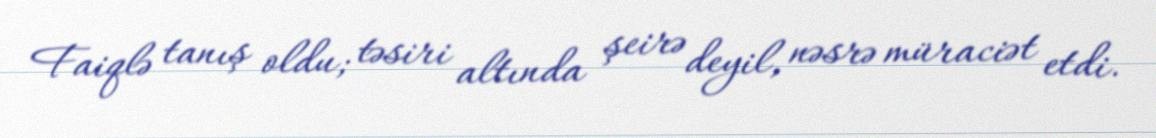
Faiqlə tanış oldu; təsiri altında şeirə deyil, nəsrə müraciət etdi.